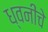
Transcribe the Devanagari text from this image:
ध्वनींचे